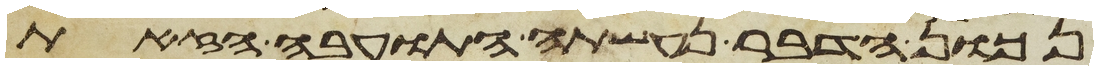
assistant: נכון הדבר נעשתה התועבה הזאת